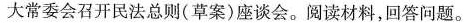
大常委会召开民法总则(草案)座谈会。阅读材料，回答问题。